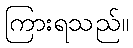
ကြားရသည်။